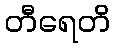
တီရေတိ